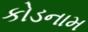
કોડનામ